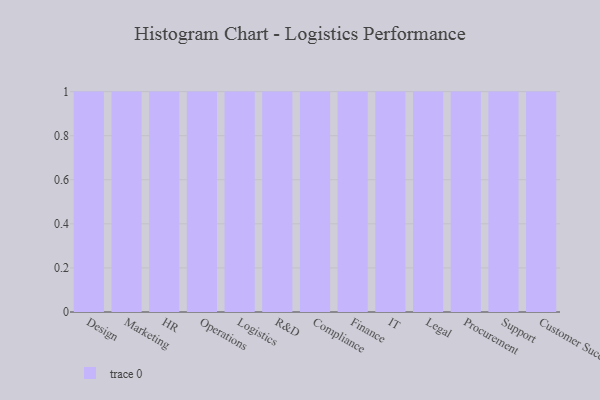
{"axis": {"x": "Department", "y": "LTV (USD)"}, "legend": [""], "data": [{"x": "Design", "y": 97, "type": ""}, {"x": "Marketing", "y": 94, "type": ""}, {"x": "HR", "y": 90, "type": ""}, {"x": "Operations", "y": 100, "type": ""}, {"x": "Logistics", "y": 23, "type": ""}, {"x": "R&D", "y": 72, "type": ""}, {"x": "Compliance", "y": 15, "type": ""}, {"x": "Finance", "y": 21, "type": ""}, {"x": "IT", "y": 8, "type": ""}, {"x": "Legal", "y": 52, "type": ""}, {"x": "Procurement", "y": 87, "type": ""}, {"x": "Support", "y": 12, "type": ""}, {"x": "Customer Success", "y": 92, "type": ""}]}